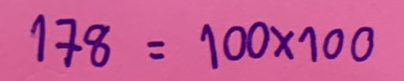
178 = 100x100